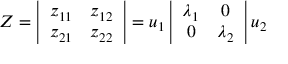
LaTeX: Z = \left| \begin{array} { c c } { { z _ { 1 1 } } } & { { z _ { 1 2 } } } \\ { { z _ { 2 1 } } } & { { z _ { 2 2 } } } \end{array} \right| = u _ { 1 } \left| \begin{array} { c c } { { \lambda _ { 1 } } } & { { 0 } } \\ { { 0 } } & { { \lambda _ { 2 } } } \end{array} \right| u _ { 2 }